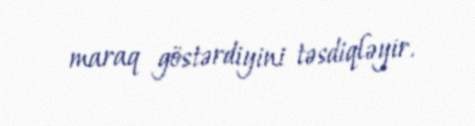
maraq göstərdiyini təsdiqləyir.